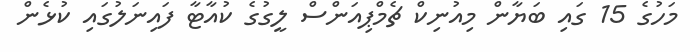
މަހުގެ 15 ގައި ބަޔާން މިއުނިކް ޗެމްޕިއަންސް ލީގުގެ ކުއާޓާ ފައިނަލުގައި ކުޅެން